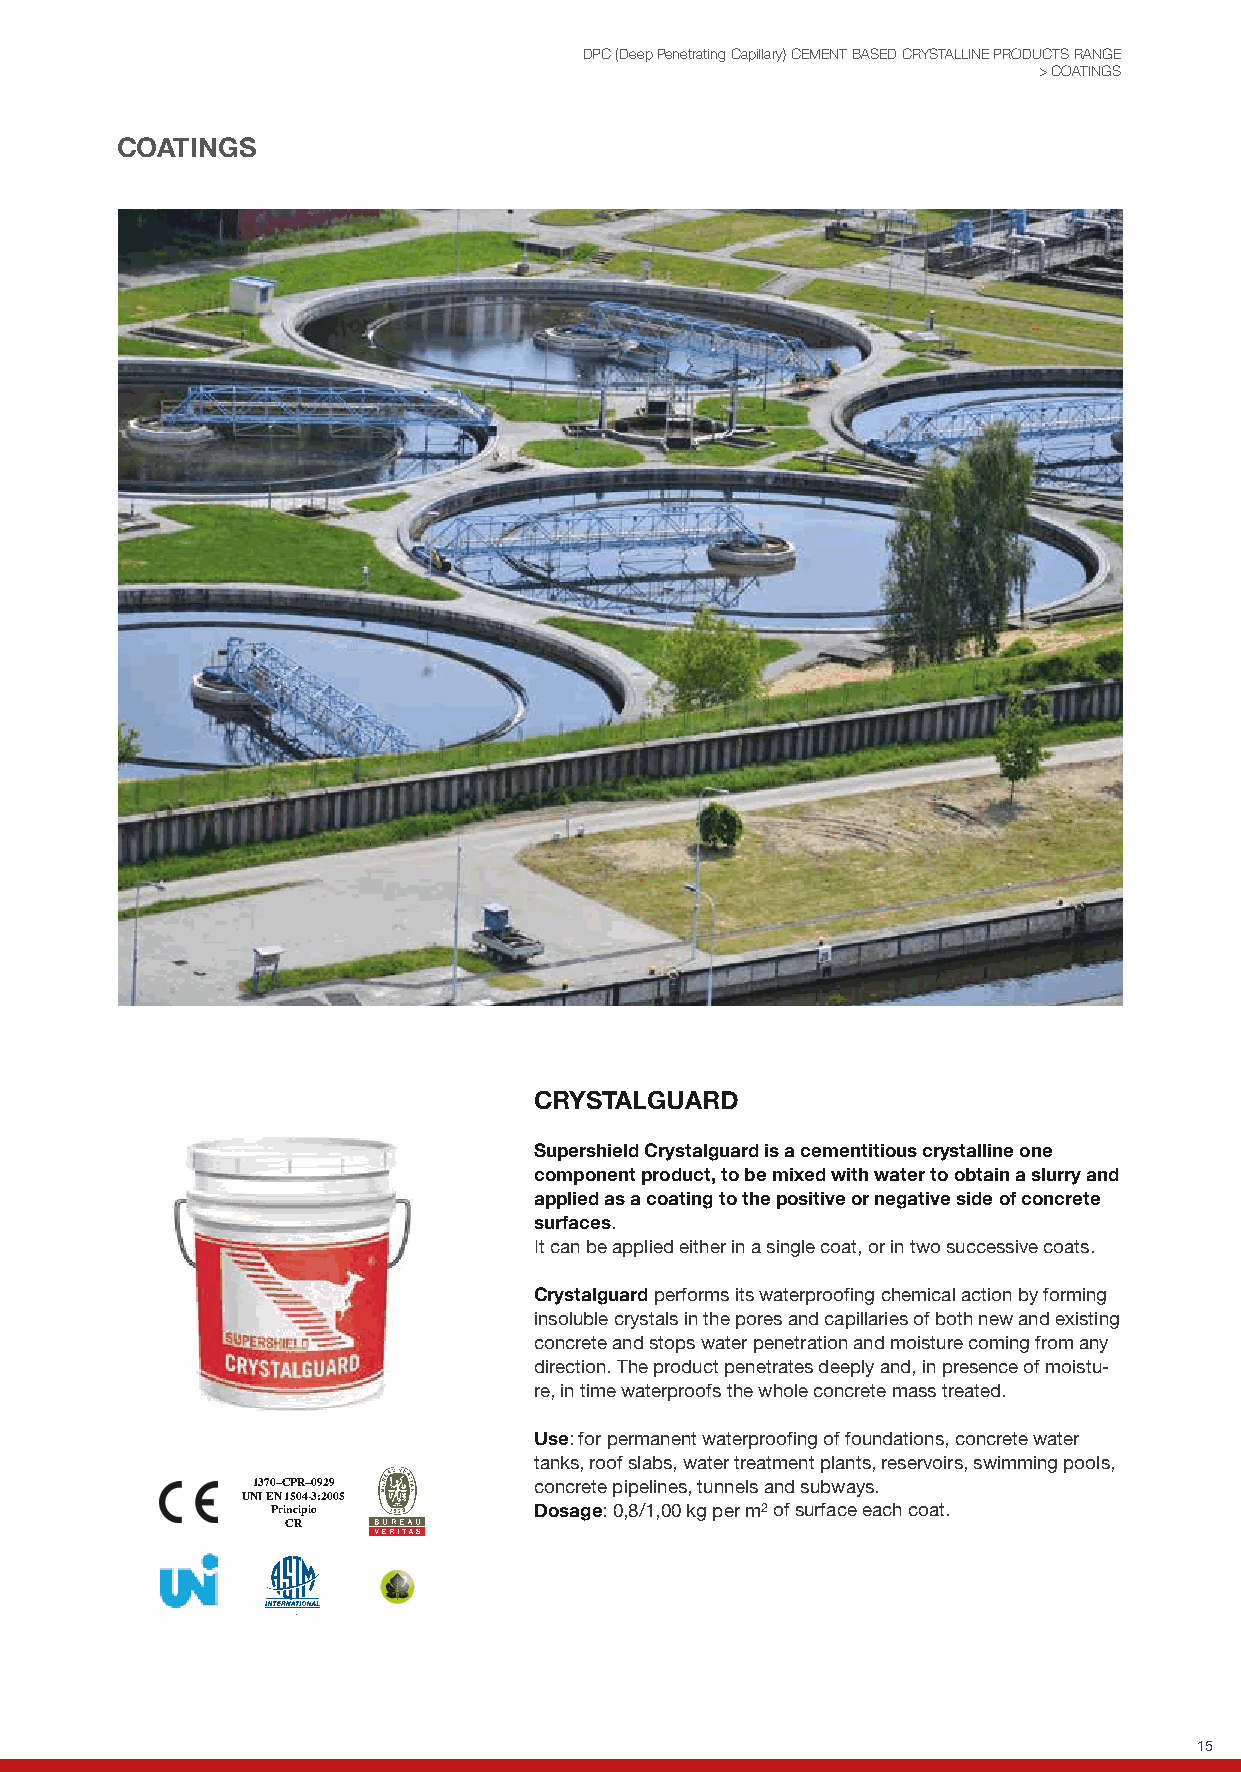
DPC (Deep Penetrating Capillary) CEMENT BASED CRYSTALLINE PRODUCTS RANGE
 > COATINGS
 COATINGS
 CRYSTALGUARD
 Supershield Crystalguard is a cementitious crystalline one
 component product, to be mixed with water to obtain a slurry and
 applied as a coating to the positive or negative side of concrete
 surfaces.
 It can be applied either in a single coat, or in two successive coats.
 Crystalguard performs its waterproofing chemical action by forming
 insoluble crystals in the pores and capillaries of both new and existing
 concrete and stops water penetration and moisture coming from any
 direction. The product penetrates deeply and, in presence of moistu-
 re, in time waterproofs the whole concrete mass treated.
 Use: for permanent waterproofing of foundations, concrete water
 tanks, roof slabs, water treatment plants, reservoirs, swimming pools,
 1370–CPR–0929     concrete pipelines, tunnels and subways.
 UNI EN 1504-3:2005
 Principio        Dosage: 0,8/1,00 kg per m2 of surface each coat.
 CR
 15